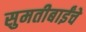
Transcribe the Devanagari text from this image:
सुमतीबाईंचे